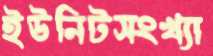
ইউনিটসংখ্যা